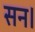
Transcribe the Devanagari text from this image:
सन।